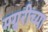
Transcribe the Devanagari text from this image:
मग्रुरीच्या